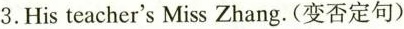
3.His teacher's Miss Zhang.(变否定句)